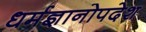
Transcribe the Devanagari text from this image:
धर्मज्ञानोपदेश